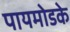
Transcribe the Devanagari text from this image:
पायमोडके